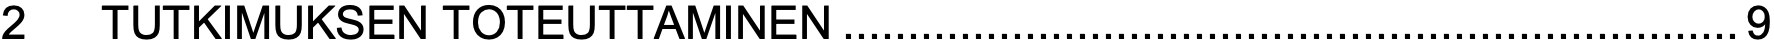
2  TUTKIMUKSEN TOTEUTTAMINEN.....................................................................9